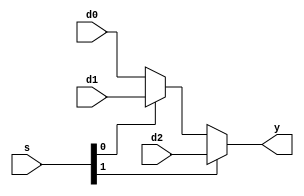
module mux3 (
	d0,
	d1,
	d2,
	s,
	y
);
	parameter WIDTH = 32;
	input wire [WIDTH - 1:0] d0;
	input wire [WIDTH - 1:0] d1;
	input wire [WIDTH - 1:0] d2;
	input wire [1:0] s;
	output wire [WIDTH - 1:0] y;
	assign y = (s[1] ? d2 : (s[0] ? d1 : d0));
endmodule